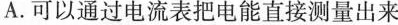
A.可以通过电流表把电能直接测量出来